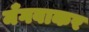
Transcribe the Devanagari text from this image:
मँगवाकर